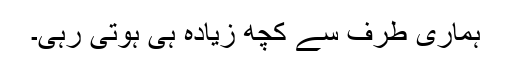
ہماری طرف سے کچھ زیادہ ہی ہوتی رہی۔